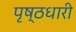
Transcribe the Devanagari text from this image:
पृष्ठधारी